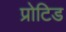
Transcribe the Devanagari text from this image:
प्रोटिड